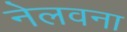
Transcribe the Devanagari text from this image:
नेलवना